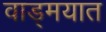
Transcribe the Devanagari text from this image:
वाड्मयात